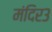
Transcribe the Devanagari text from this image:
मंदिर३